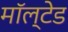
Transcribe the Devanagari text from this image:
मॉल्टेड